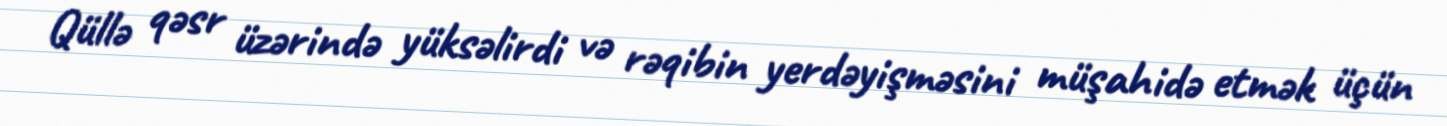
Qüllə qəsr üzərində yüksəlirdi və rəqibin yerdəyişməsini müşahidə etmək üçün